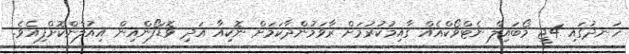
ހަނދުގައި 4ޖީ މޯބައިލް ނެޓްވޯކްއެއް ގާއިމުކުރުމަށް ރާވަމުންދާކަމަށް ނޮކިއާ އަދި ވޮޑަފޯންއިން އިއުލާންކޮށްފިއެވެ.